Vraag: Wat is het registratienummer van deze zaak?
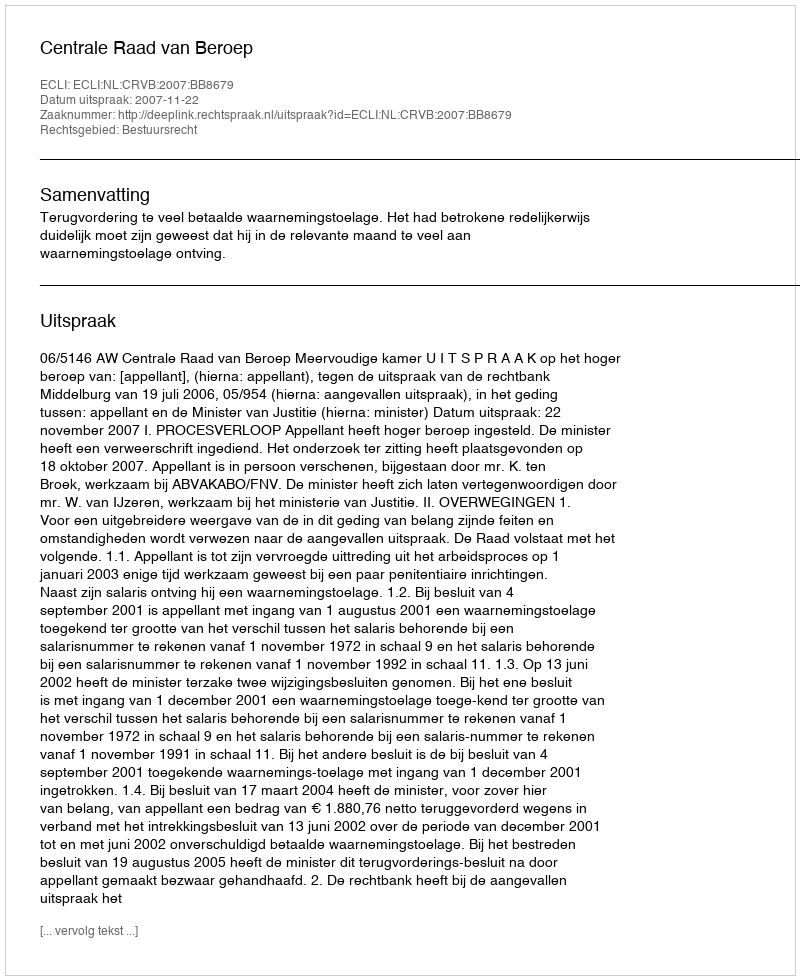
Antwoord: http://deeplink.rechtspraak.nl/uitspraak?id=ECLI:NL:CRVB:2007:BB8679